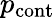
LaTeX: p_{\textrm{cont}}